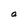
Character: a